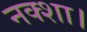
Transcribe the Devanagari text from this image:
नक्शा।